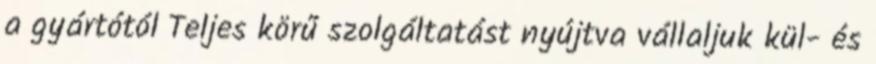
a gyártótól Teljes körű szolgáltatást nyújtva vállaljuk kül- és